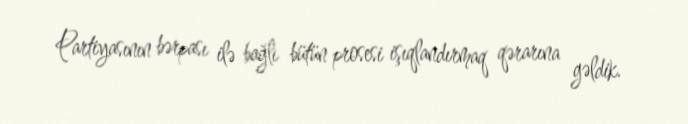
Partiyasının bərpası ilə bağlı bütün prosesi işıqlandırmaq qərarına gəldik.